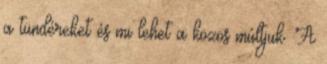
a tündéreket és mi lehet a közös múltjuk. A